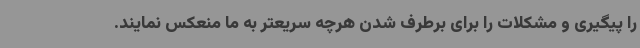
را پیگیری و مشکلات را برای برطرف شدن هرچه سریعتر به ما منعکس نمایند.